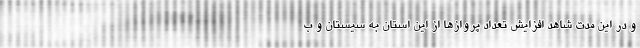
و در این مدت شاهد افزایش تعداد پروازها از این استان به سیستان و ب